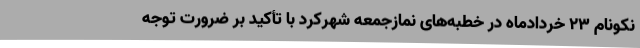
نکونام 23 خردادماه در خطبه‌های نمازجمعه شهرکرد با تأکید بر ضرورت توجه